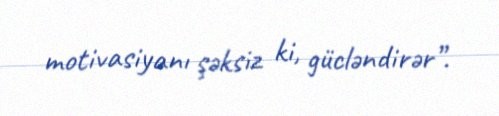
motivasiyanı şəksiz ki, gücləndirər”.